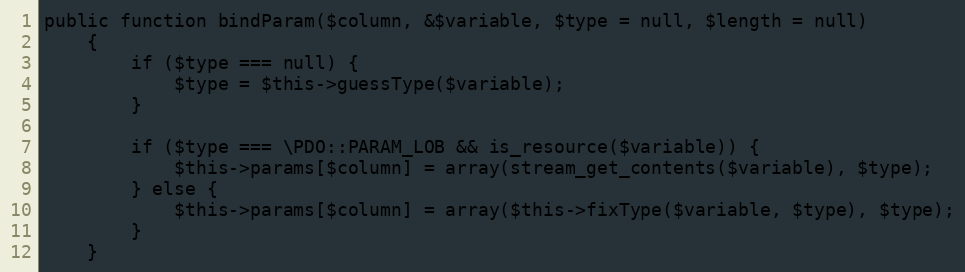
Language: PHP
public function bindParam($column, &$variable, $type = null, $length = null)
    {
        if ($type === null) {
            $type = $this->guessType($variable);
        }

        if ($type === \PDO::PARAM_LOB && is_resource($variable)) {
            $this->params[$column] = array(stream_get_contents($variable), $type);
        } else {
            $this->params[$column] = array($this->fixType($variable, $type), $type);
        }
    }